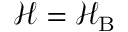
\mathcal { H } = \mathcal { H } _ { \mathrm { B } }